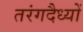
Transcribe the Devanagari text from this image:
तरंगदैध्यों